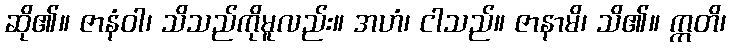
ဆို၏။ ဇာနံဝါ၊ သိသည်ကိုမူလည်း။ အဟံ၊ ငါသည်။ ဇာနာမိ၊ သိ၏။ ဣတိ၊